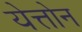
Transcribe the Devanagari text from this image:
येत्तोन